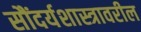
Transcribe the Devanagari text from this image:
सौंदर्यशास्त्रावरील